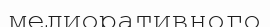
мелиоративного